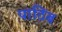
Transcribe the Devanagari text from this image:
पाठिंब